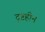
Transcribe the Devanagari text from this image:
दृष्टहीन